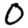
Digit: 0